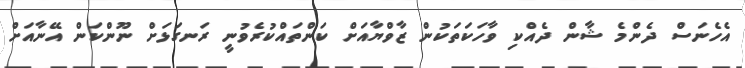
އެހެނަސް ދެންމެ ޝާން ދެއްކި ވާހަކަތަކުން ޒާވްޔާއަށް ކަންތައްކުރެވުނީ ރަނގަޅަށް ނޫންކަން އޭނާއަށް